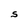
Character: S